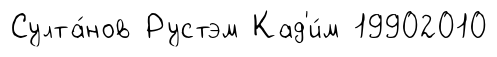
Султа́нов Рустэм Кад'и́м 19902010